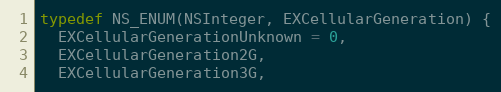
Language: C
typedef NS_ENUM(NSInteger, EXCellularGeneration) {
  EXCellularGenerationUnknown = 0,
  EXCellularGeneration2G,
  EXCellularGeneration3G,